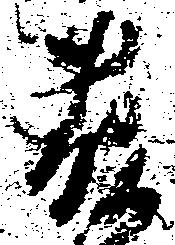
藤